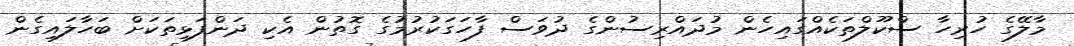
މާލޭގެ ހުރިހާ ސްކޫލްތަކެއްގައިހެން މުދައްރިސުންގެ ދުވަސް ފާހަގަކުރުމުގެ ގޮތުން އެކި ދަންފަޅިތަކަށް ބަހާލައިގެން